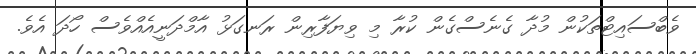
ވެބްސައިޓްތަކުން މުދާ ގެނެސްގެން ކުރާ މި ވިޔަފާރިން ރަނގަޅު އާމްދަނީއެއްވެސް ހޯދަ އެވެ.